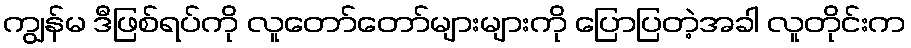
ကျွန်မ ဒီဖြစ်ရပ်ကို လူတော်တော်များများကို ပြောပြတဲ့အခါ လူတိုင်းက